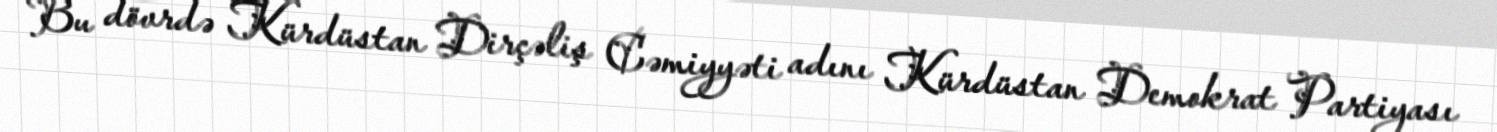
Bu dövrdə Kürdüstan Dirçəliş Cəmiyyəti adını Kürdüstan Demokrat Partiyası